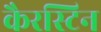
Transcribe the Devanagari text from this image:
कैरस्टिन